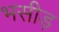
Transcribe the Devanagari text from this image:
भसीड़